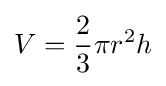
V={\frac {2}{3}}\pi r^{2}h